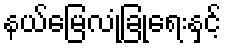
နယ်မြေလုံခြုံရေးနှင့်